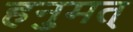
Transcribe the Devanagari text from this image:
हनुमत्